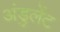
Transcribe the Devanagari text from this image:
अंडुलेंट